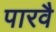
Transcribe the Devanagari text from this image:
पारवै